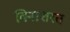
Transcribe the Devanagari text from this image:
विनाशरत